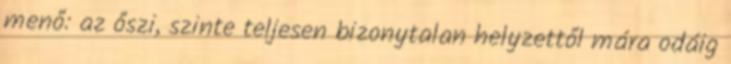
menő: az őszi, szinte teljesen bizonytalan helyzettől mára odáig